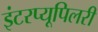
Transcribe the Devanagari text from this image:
इंटरप्यूपिलरी